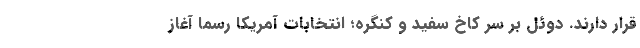
قرار دارند. دوئل بر سر کاخ سفید و کنگره؛ انتخابات آمریکا رسما آغاز